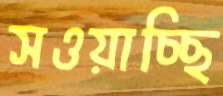
সওয়াচ্ছি